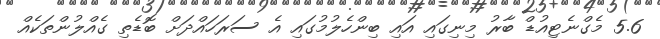
5.6 މެގްނެޓިއުޑް ބާރު މިނިގައި އައި ބިންހެލުމުގައި އެ ސަރަހައްދަށް ބޮޑެތި ގެއްލުންތަކެއް